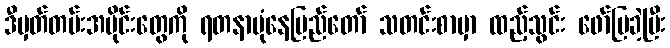
ဒီမှတ်တမ်းအပိုင်းတွေကို ရတနာပုံနေပြည်တော် သတင်းစာမှာ ထည့်သွင်း ဖော်ပြခဲ့ပြီး